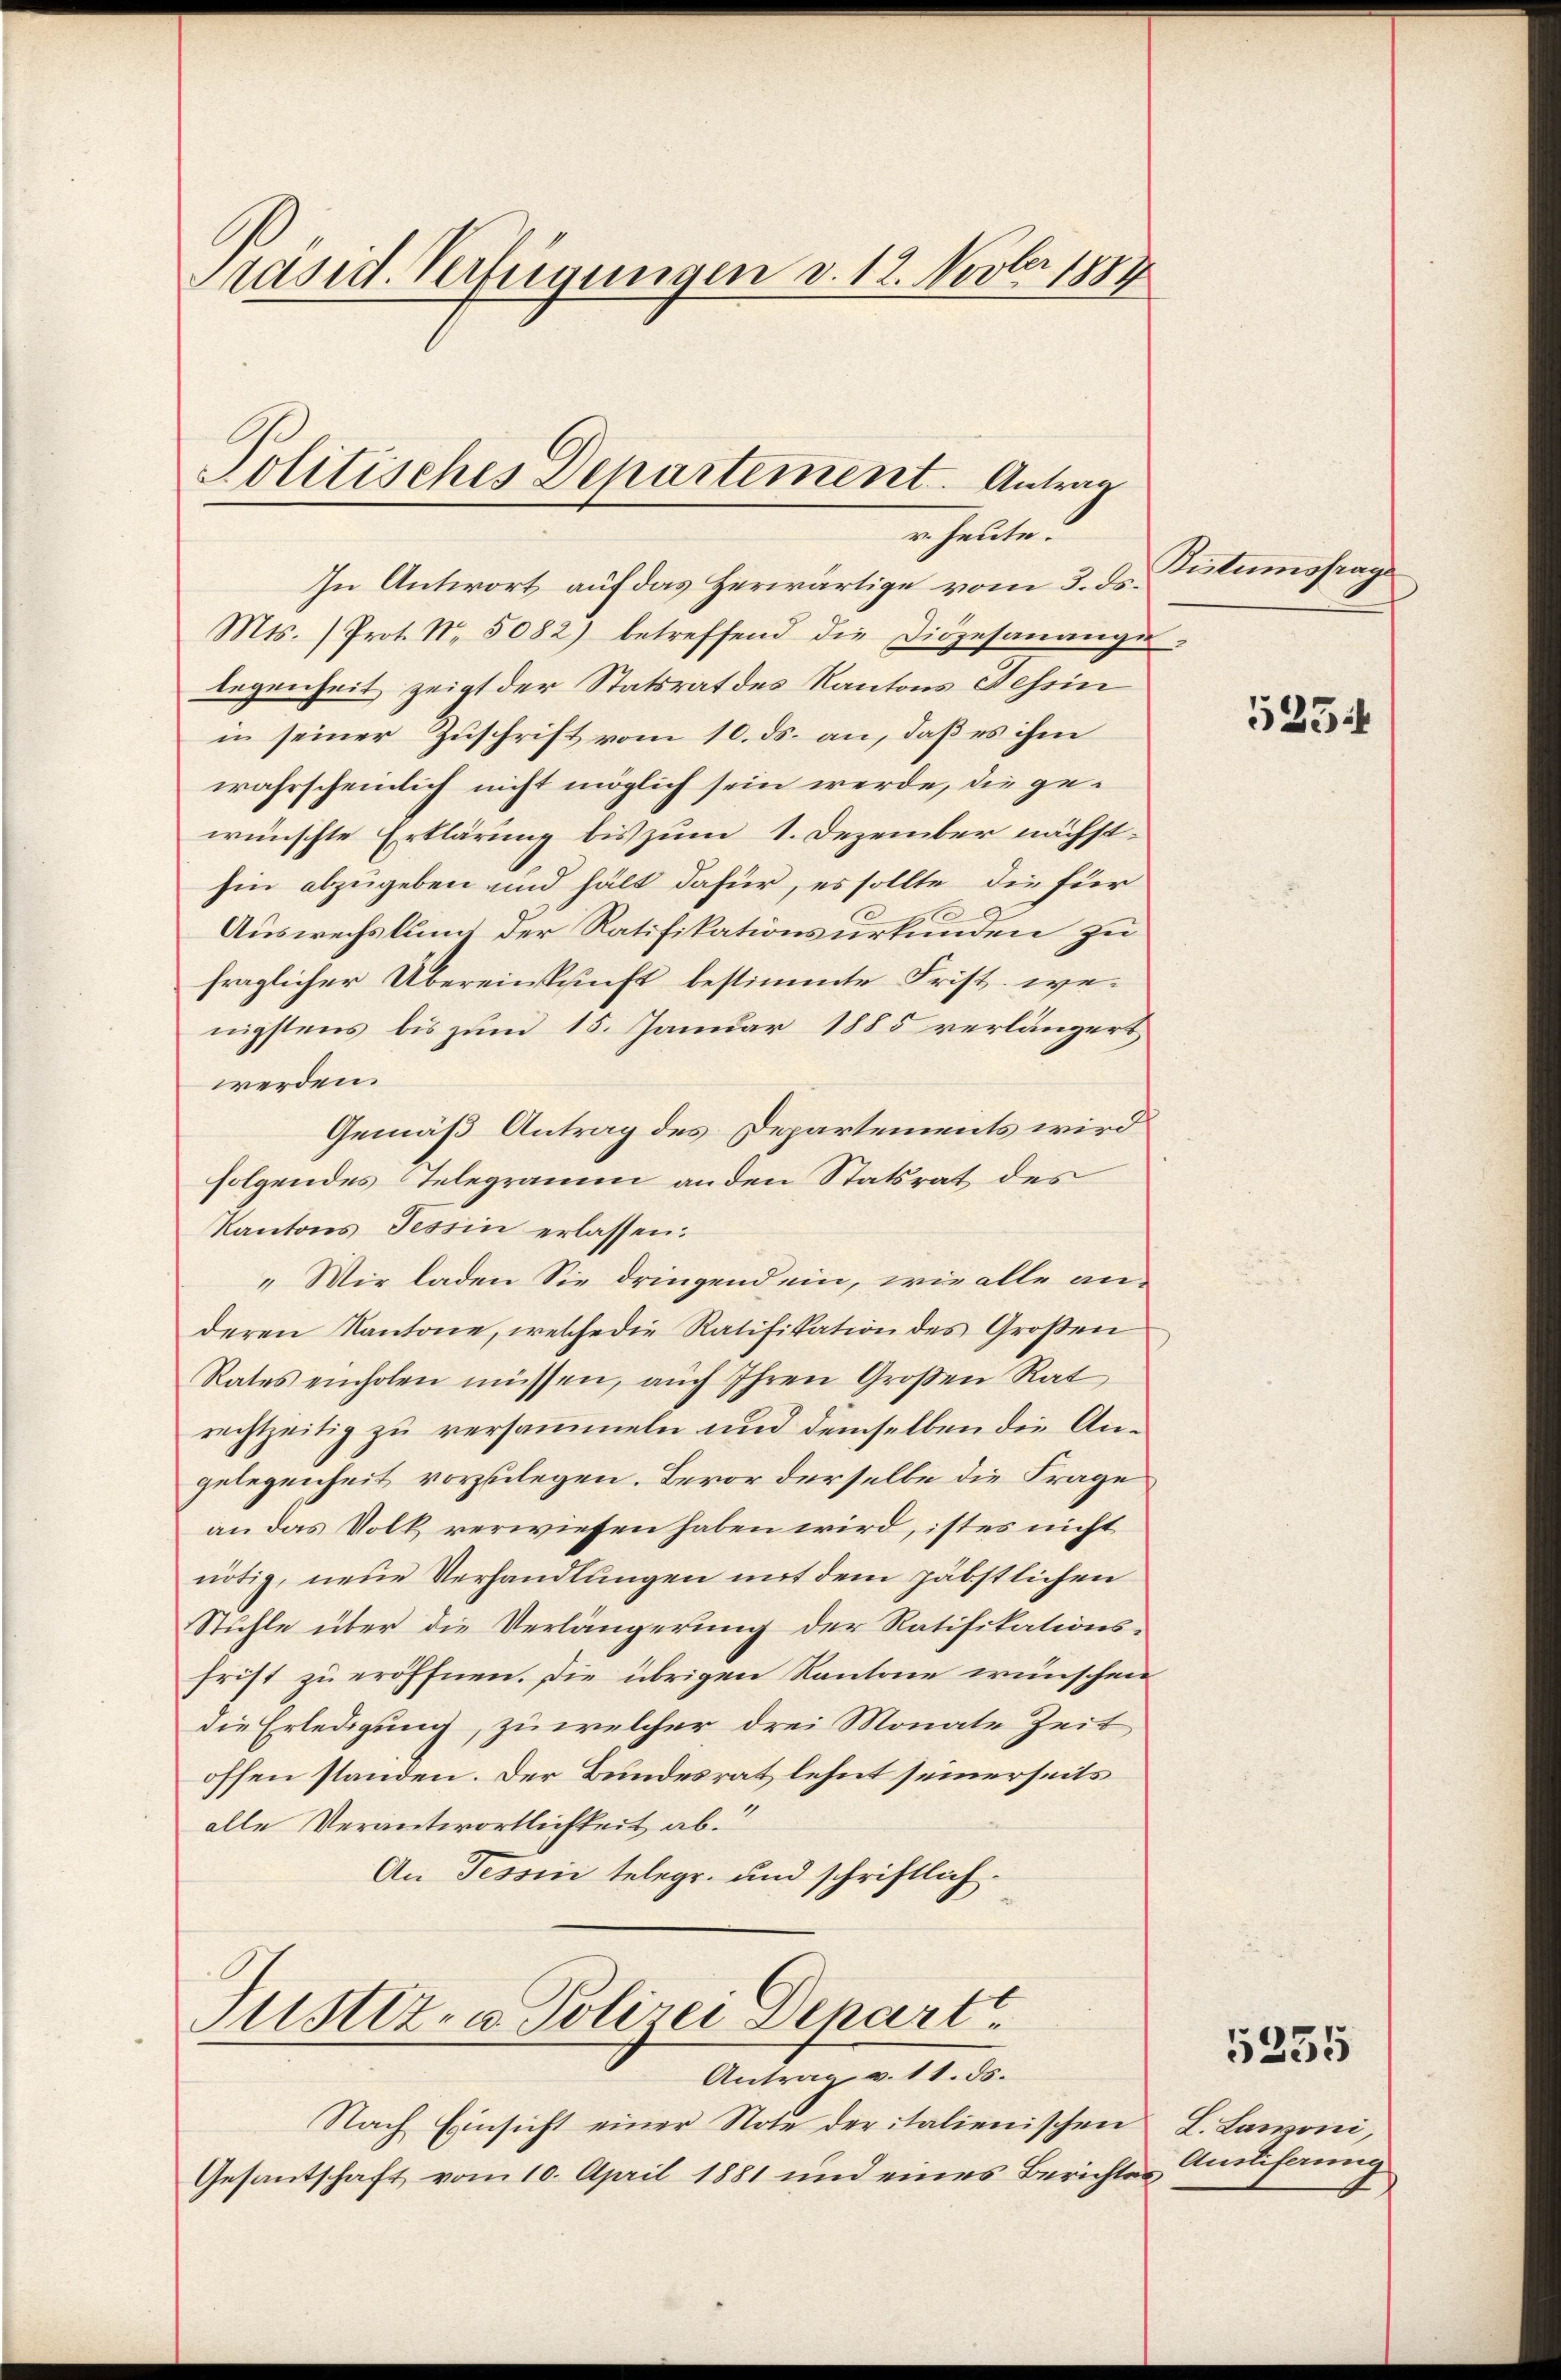
Präsid. Verfügungen v. 12. Novber 1889

In Antwort auf das Herwärtige vom 3. ds.
Mts. (Prot. Nr. 5082) betreffend die Diözesanange-
legenheit zeigt der Statsrat des Kantons Tessin
in seiner Zuschrift vom 10. ds. an, daß es ihm
wahrscheinlich nicht möglich sein werde, die gewünschte Erklärung bis zum 1. Dezember nächsthin abzugeben und hält dafür, es sollte die für
Auswechslung der Ratifikationsurkunden zu
fraglicher Übereinkunft bestimmte Frist. wenigstens bis zum 15. Januar 1885 verlängert
werden.
Gemäß Antrag des Departements wird
folgendes Telegramm an den Statsrat des
Kantons Tessin erlassen:
„Wir laden Sie dringend ein, wie alle anderen Kantone, welche die Ratifikation des Großen
Rates einholen müssen, aŭch Ihren Großen Rat
rechtzeitig zu versammeln und demselben die Angelegenheit vorzulegen. Bevor derselbe die Frage
an das Volk verwiesen haben wird, ist es nicht
nötig, neue Verhandlungen mit dem päbstlichen
Stühle über die Verlängerung der Ratifikationsfrist zu eröffnen. Die übrigen Kantone wünschen
die Erledigung, zu welcher drei Monate Zeit
offen standen. Der Bundesrat lehnt seinerseits
alle Verantwortlichkeit ab.
An Tessin telegr. und schriftlich.

Politisches Departement. Antrag
r heute.

Justiz- u. Polizei Depart
Antrag v. 11. ds.

Nach Einsicht einer Note der italienischen
Gesantschaft vom 10. April 1881 und eines Berichts¬

Bistumsfrage

5254

5355

L. Lawoni,
Anlehnung